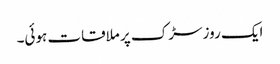
ایک روز سڑک پر ملاقات ہوئی۔